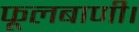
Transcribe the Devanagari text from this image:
फूलबाणी।